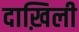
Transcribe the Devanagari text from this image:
दाख़िली